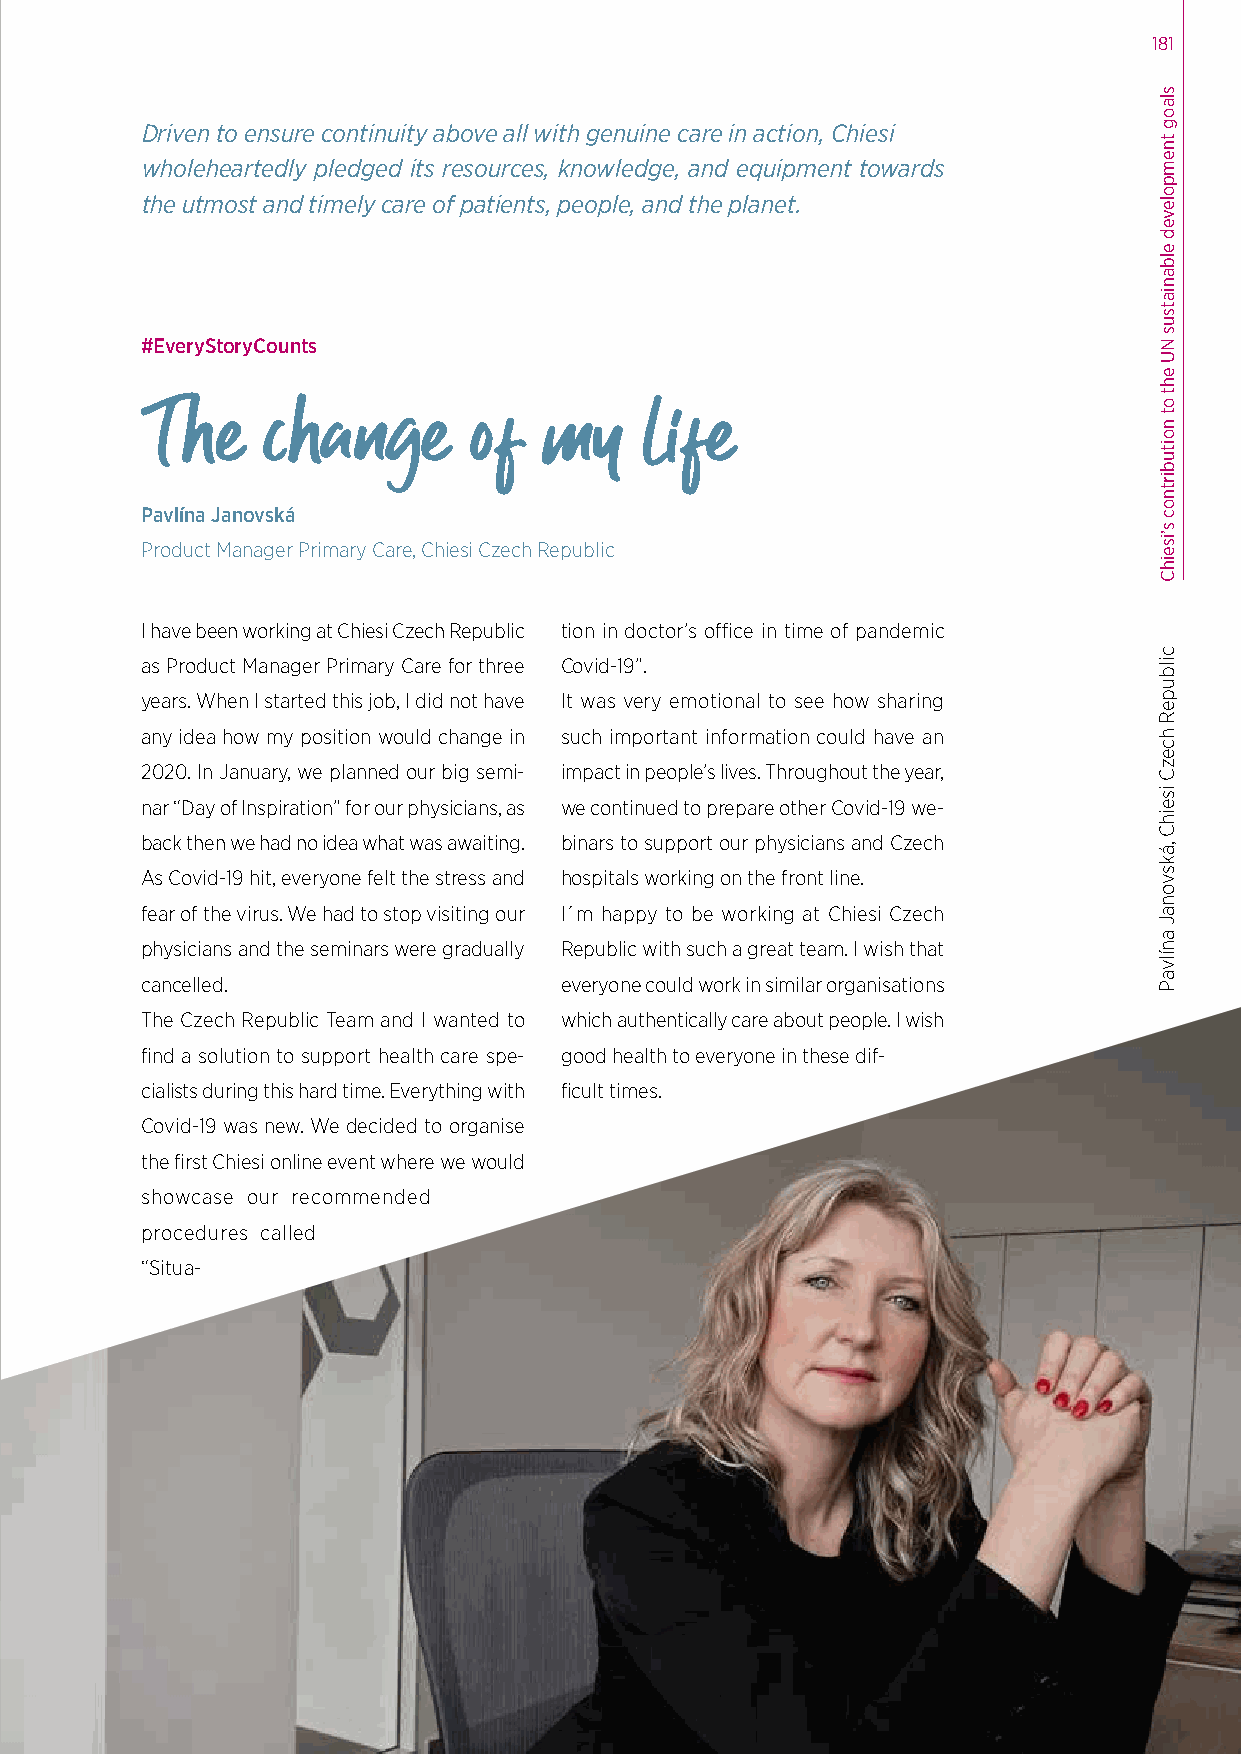
181
 Driven to ensure continuity above all with genuine care in action, Chiesi
 wholeheartedly pledged its resources, knowledge, and equipment towards
 the utmost and timely care of patients, people, and the planet.
 #EveryStoryCounts
 The    change        of   my     life
 Pavlína Janovská
 Product Manager Primary Care, Chiesi Czech Republic
 I have been working at Chiesi Czech Republic tion in doctor’s office in time of pandemic
 as Product Manager Primary Care for three Covid-19”.
 years. When I started this job, I did not have It was very emotional to see how sharing
 any idea how my position would change in such important information could have an
 2020. In January, we planned our big semi- impact in people’s lives. Throughout the year,
 nar “Day of Inspiration” for our physicians, as we continued to prepare other Covid-19 we-
 back then we had no idea what was awaiting. binars to support our physicians and Czech
 As Covid-19 hit, everyone felt the stress and hospitals working on the front line.
 fear of the virus. We had to stop visiting our I´m happy to be working at Chiesi Czech
 physicians and the seminars were gradually Republic with such a great team. I wish that
 cancelled.                  everyone could work in similar organisations
 The Czech Republic Team and I wanted to which authentically care about people. I wish
 find a solution to support health care spe- good health to everyone in these dif-
 cialists during this hard time. Everything with ficult times.
 Covid-19 was new. We decided to organise
 the first Chiesi online event where we would
 showcase our recommended
 procedures called
 “Situa-
 slaog
 tnempoleved
 elbaniatsus
 NU
 eht
 ot
 noitubirtnoc
 s’iseihC
 cilbupeR
 hcezC
 iseihC
 ,áksvonaJ
 anílvaP